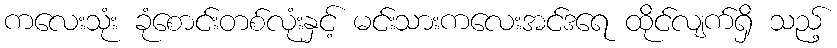
ကလေးသုံး ခုံစောင်းတစ်လုံးနှင့် မင်းသားကလေးအင်ဒရေ ထိုင်လျက်ရှိ သည့်